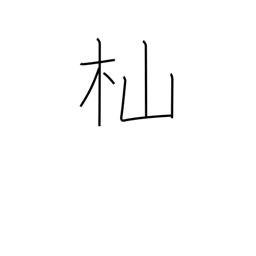
Meaning: woodcutter